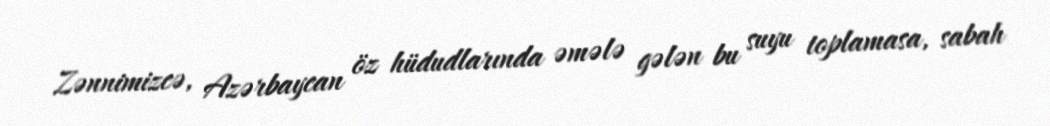
Zənnimizcə, Azərbaycan öz hüdudlarında əmələ gələn bu suyu toplamasa, sabah